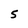
Character: 5